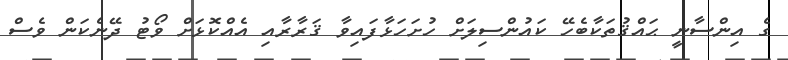
ގެ އިންސާނީ ޙައްޤުތަކާބެހޭ ކައުންސިލަށް ހުށަހަޅާފައިވާ ޤަރާރާއި އެއްކޮޅަށް ވޯޓު ދޭނެކަން ވެސް